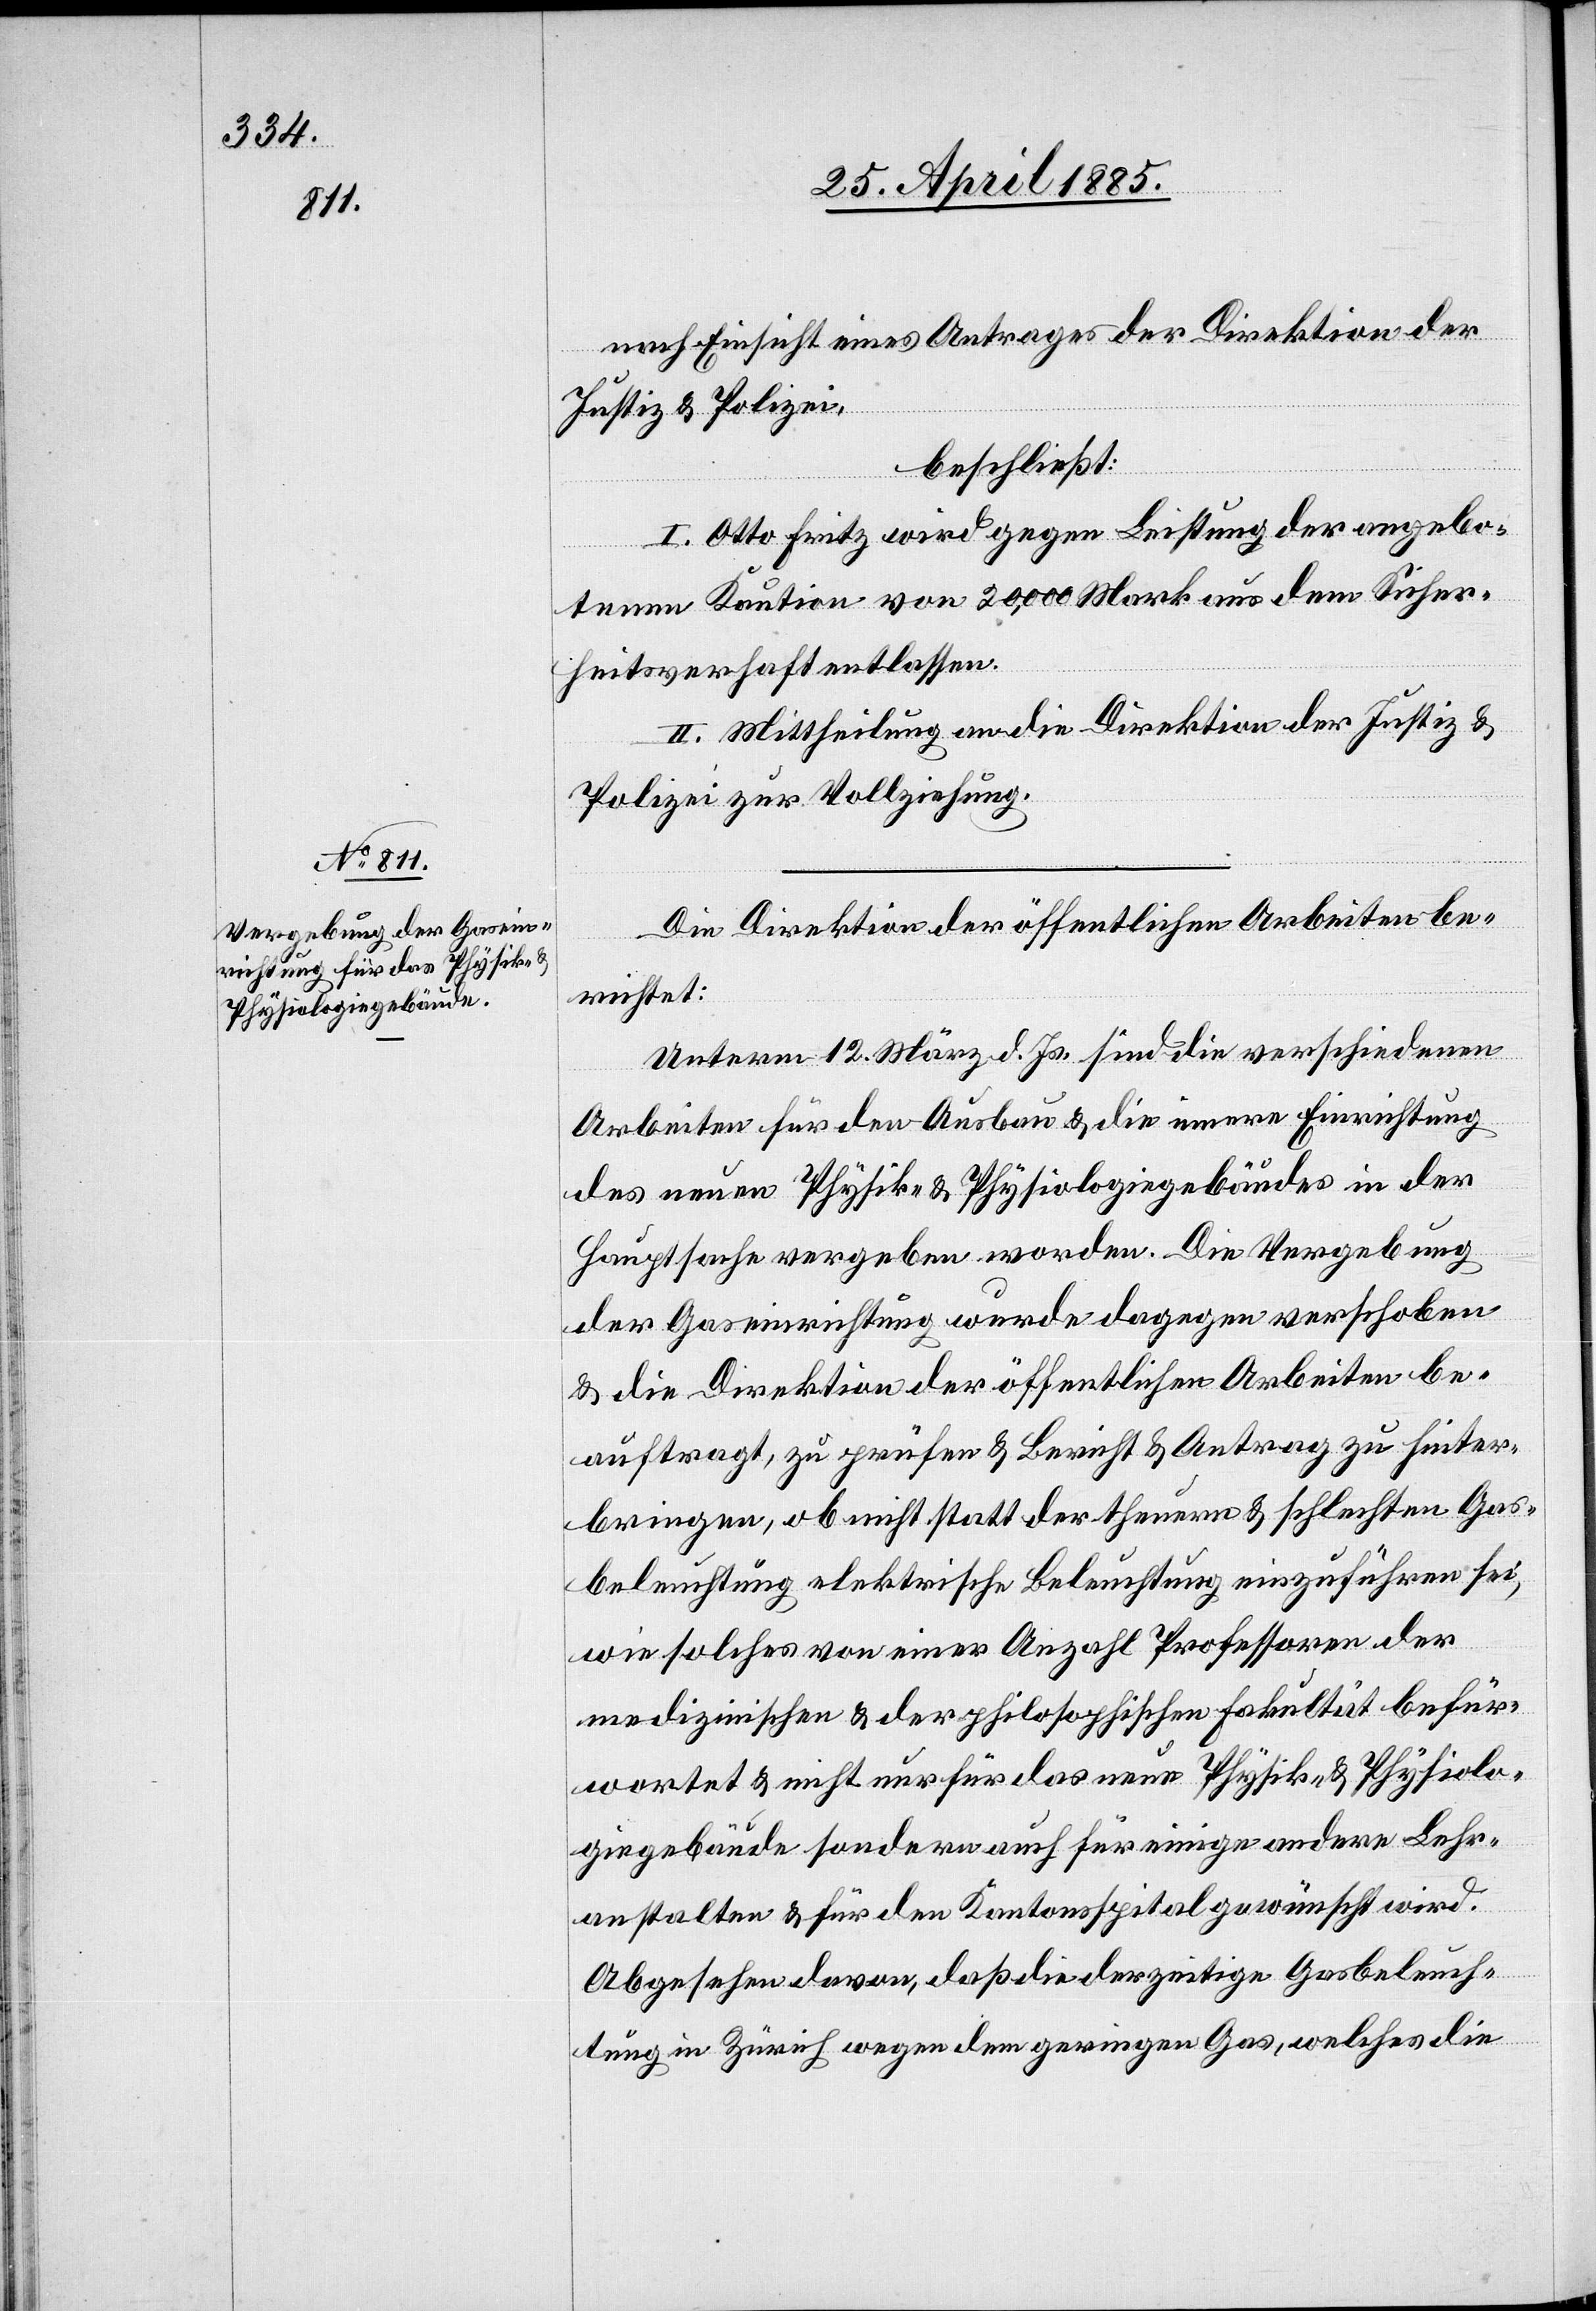
nach Einsicht eines Antrages der Direktion der
Justiz & Polizei,
beschließt:
I. Otto Fritz wird gegen Leistung der angebo¬
tenen Kaution von 20,000 Mark aus dem Sicher¬
heitsverhaft entlassen.
II. Mittheilung an die Direktion der Justiz &
Polizei zur Vollziehung.
Die Direktion der öffentlichen Arbeiten be¬
richtet:
Unterm 12. März d. Js. sind die verschiedenen
Arbeiten für den Ausbau & die innere Einrichtung
des neuen Physik-Physiologiegebäudes in der
Hauptsache vergeben worden. Die Vergebung
der Gaseinrichtung wurde dagegen verschoben
& die Direktion der öffentlichen Arbeiten be¬
auftragt, zu prüfen & Bericht & Antrag zu hinter¬
bringen, ob nicht statt der theuern & schlechten Gas¬
beleuchtung elektrische Beleuchtung einzuführen sei,
wie solches von einer Anzahl Professoren der
medizinischen & der philosophischen Fakultät befür¬
wortet & nicht nur für das neue Physik- & Physiolo¬
giegebäude sondern auch für einige andere Lehr¬
anstalten & für den Kantonsspital gewünscht wird.
Abgesehen davon, daß die derzeitige Gasbeleuch¬
tung in Zürich wegen dem geringen Gas, welches die